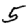
Digit: 5